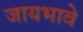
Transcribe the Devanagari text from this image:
जायभावे